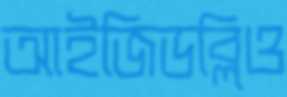
আইজিডব্লিও